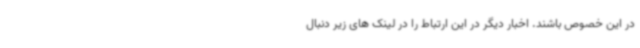
در این خصوص باشند. اخبار دیگر در این ارتباط را در لینک های زیر دنبال